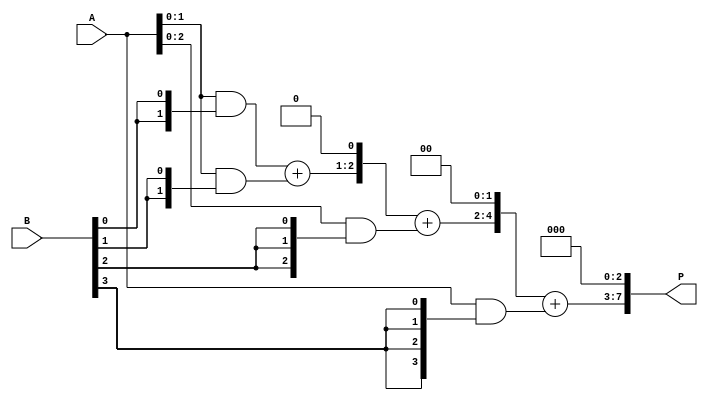
module array_multiplier #(parameter m = 4, n = 4) (
    input  [m-1:0] A,
    input  [n-1:0] B,
    output [(m+n)-1:0] P
);
    // Partial products array
    wire [m-1:0] pp [0:n-1]; // Partial products

    // Generate partial products
    genvar i, j;
    generate
        for (i = 0; i < n; i = i + 1) begin : pp_gen
            assign pp[i] = A & {m{B[i]}};
        end
    endgenerate

    // Sum the partial products
    wire [(m+n)-1:0] sum [0:n-1]; // Intermediate sums

    assign sum[0] = {1'b0, pp[0]}; // Initialize first sum with first partial product

    generate
        for (i = 1; i < n; i = i + 1) begin : adder_gen
            assign sum[i] = sum[i-1] + {1'b0, pp[i]} << i; // Shift partial product and add
        end
    endgenerate

    // Final product output
    assign P = sum[n-1];

endmodule